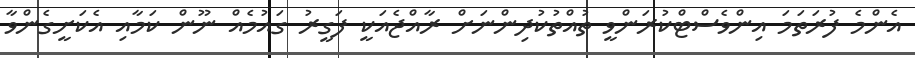
އެންމެ ފުރަތަމަ އިންވެސްޓްކުރަންވީ ތުއްތުކުދިންނަށް ރާއްޖެއަކީ ފަގީރު ގައުމެއް ނޫން ކަމާއި އެކަށީގެންވާ